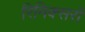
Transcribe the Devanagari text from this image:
रिमिक्सरों